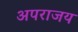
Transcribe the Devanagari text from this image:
अपराजय